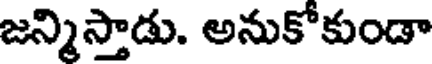
జన్నిస్తాడు. అనుకోకుండా